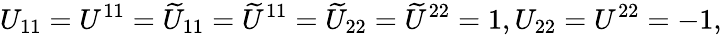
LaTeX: U_{11}=U^{11}=\widetilde{U}_{11}=\widetilde{U}^{11}=\widetilde{U}_{22}=\widetilde{U}^{22}=1,U_{22}=U^{22}=-1,